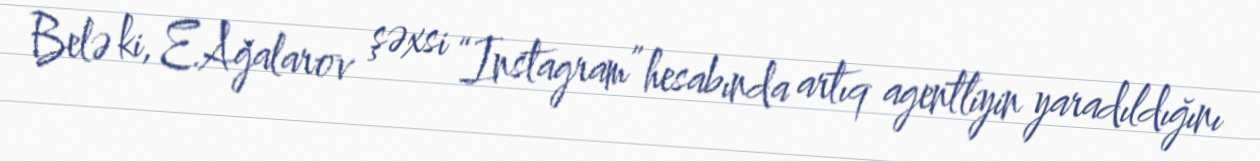
Belə ki, E.Ağalarov şəxsi “Instagram” hesabında artıq agentliyin yaradıldığını